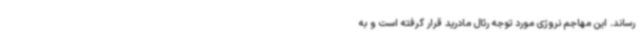
رساند. این مهاجم نروژی مورد توجه رئال مادرید قرار گرفته است و به